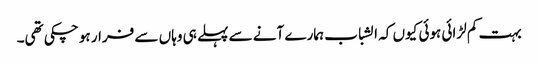
بہت کم لڑائی ہوئی کیوں کہ الشباب ہمارے آنے سے پہلے ہی وہاں سے فرار ہو چکی تھی۔